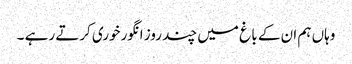
وہاں ہم ان کے با غ میں چند روز انگورخوری کرتے رہے ۔